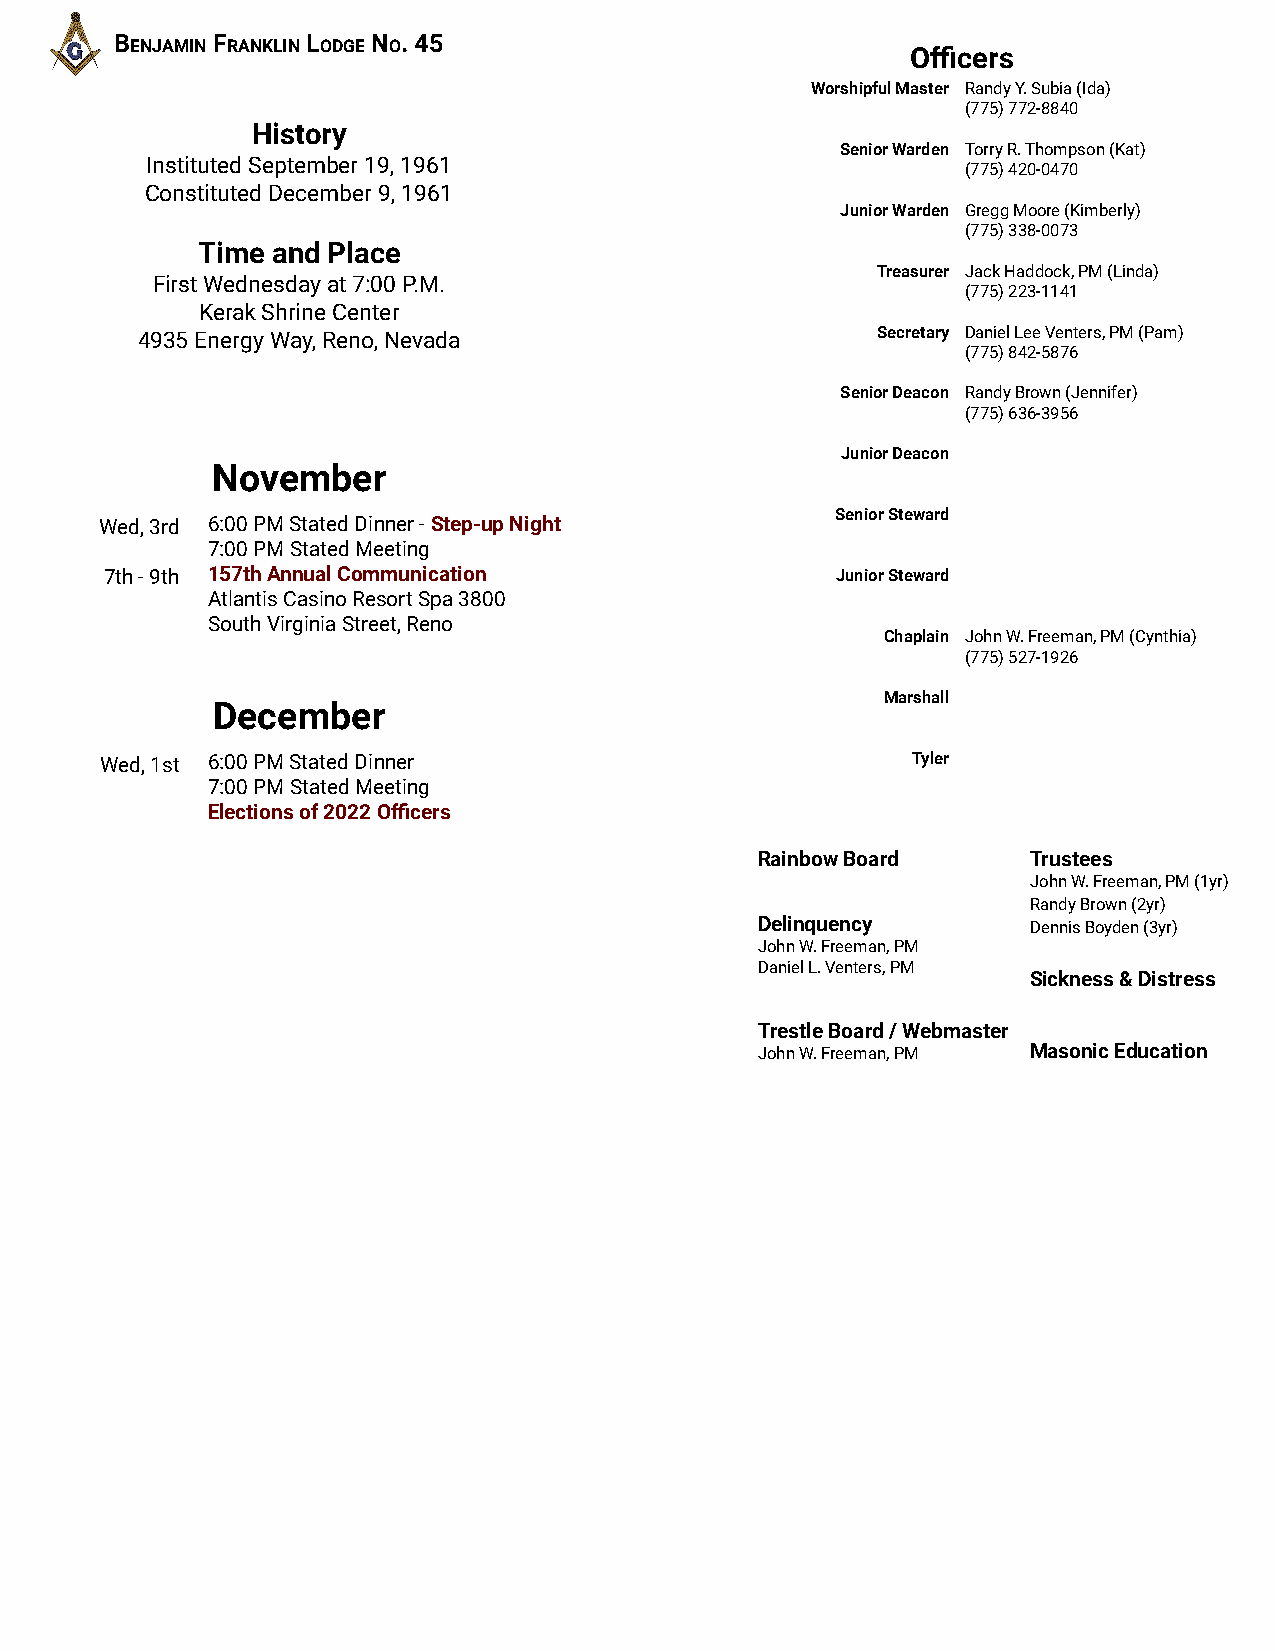
BENJAMIN FRANKLIN LODGE NO. 45
 Officers
 Worshipful Master Randy Y. Subia (Ida)
 (775) 772-8840
 History
 Senior Warden Torry R. Thompson (Kat)
 Instituted September 19, 1961
 (775) 420-0470
 Constituted December 9, 1961
 Junior Warden Gregg Moore (Kimberly)
 (775) 338-0073
 Time and Place
 Treasurer Jack Haddock, PM (Linda)
 First Wednesday at 7:00 P.M.
 (775) 223-1141
 Kerak Shrine Center
 4935 Energy Way, Reno, Nevada                    Secretary Daniel Lee Venters, PM (Pam)
 (775) 842-5876
 Senior Deacon Randy Brown (Jennifer)
 (775) 636-3956
 Junior Deacon
 November
 Senior Steward
 Wed, 3rd 6:00 PM Stated Dinner - Step-up Night
 7:00 PM Stated Meeting
 7th - 9th 157th Annual Communication            Junior Steward
 Atlantis Casino Resort Spa 3800
 South Virginia Street, Reno
 Chaplain John W. Freeman, PM (Cynthia)
 (775) 527-1926
 Marshall
 December
 Wed, 1st 6:00 PM Stated Dinner                       Tyler
 7:00 PM Stated Meeting
 Elections of 2022 Officers
 Rainbow Board     Trustees
 John W. Freeman, PM (1yr)
 Randy Brown (2yr)
 Delinquency       Dennis Boyden (3yr)
 John W. Freeman, PM
 Daniel L. Venters, PM
 Sickness & Distress
 Trestle Board / Webmaster
 John W. Freeman, PM Masonic Education